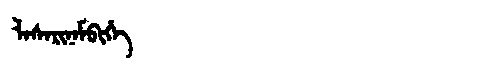
Manchu: ᠯᠠᠰᠠᡵᡳᠨᠠᠮᠪᡳᡥᡝ
Romanization: LASARINAMBIHE